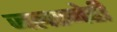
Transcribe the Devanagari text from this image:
जलस्नेही